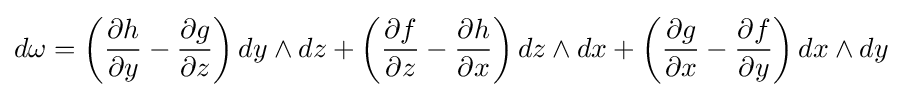
d\omega =\left({\frac {\partial h}{\partial y}}-{\frac {\partial g}{\partial z}}\right)dy\wedge dz+\left({\frac {\partial f}{\partial z}}-{\frac {\partial h}{\partial x}}\right)dz\wedge dx+\left({\frac {\partial g}{\partial x}}-{\frac {\partial f}{\partial y}}\right)dx\wedge dy